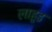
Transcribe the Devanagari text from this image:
लाहूड